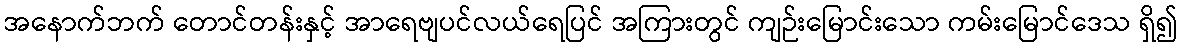
အနောက်ဘက် တောင်တန်းနှင့် အာရေဗျပင်လယ်ရေပြင် အကြားတွင် ကျဉ်းမြောင်းသော ကမ်းမြောင်ဒေသ ရှိ၍